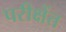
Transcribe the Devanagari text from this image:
परीक्षेंत